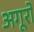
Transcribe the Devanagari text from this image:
अगूरों